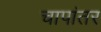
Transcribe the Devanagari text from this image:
चापांतर